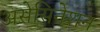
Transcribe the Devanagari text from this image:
असेसिनेशन